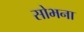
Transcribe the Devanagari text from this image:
सोभना